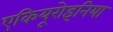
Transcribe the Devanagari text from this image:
एकियूरोइनिया